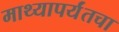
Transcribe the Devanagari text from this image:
माथ्यापर्यंतचा